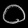
Digit: ၀